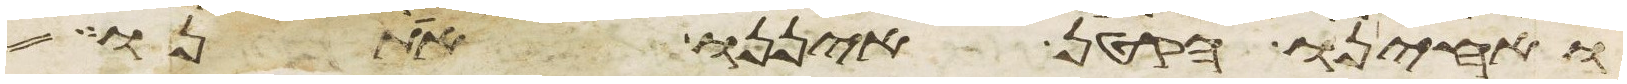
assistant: ואחינו הקטן איננו אתנו